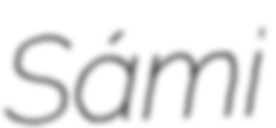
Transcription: Sámi